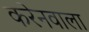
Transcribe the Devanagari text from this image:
करेनवाला